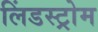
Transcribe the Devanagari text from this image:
लिंडस्ट्रोम